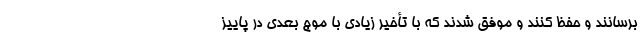
برسانند و حفظ کنند و موفق شدند که با تأخیر زیادی با موج بعدی در پاییز